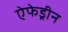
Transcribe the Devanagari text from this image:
ऐफेड्रीन